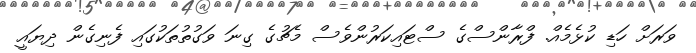
ވަރަށް ހަޑި ކުޅެމެއް. ފްރާންސްގެ ސްޓައިކަރުންވެސް މެޗުގެ ގިނަ ވަގުތުތަކުގައި ފެނިގެން ދިޔައީ